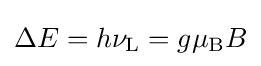
\Delta E=h\nu _{\text{L}}=g\mu _{\text{B}}B